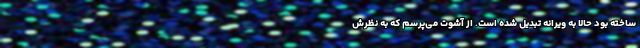
ساخته بود حالا به ویرانه تبدیل شده است. از آشوت می‌پرسم که به نظرش